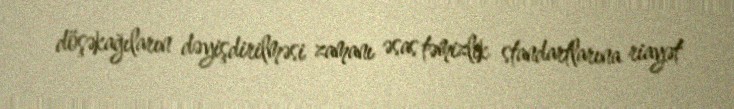
döşəkağıların dəyişdirilməsi zamanı əsas təmizlik standartlarına riayət